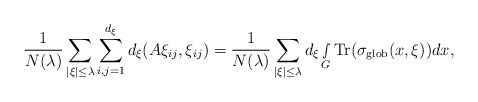
\begin{align*} \frac{1}{N(\lambda)} \sum_{|\xi|\leq \lambda} \sum_{i,j=1}^{d_\xi}d_\xi(A\xi_{ij},\xi_{ij})= \frac{1}{N(\lambda)}\sum_{|\xi|\leq \lambda}d_\xi\smallint\limits_G\textnormal{Tr}(\sigma_{\textnormal{glob}}(x,\xi))dx,\end{align*}